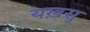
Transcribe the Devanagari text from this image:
यख़सु